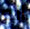
انه